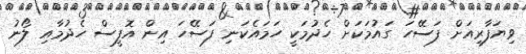
ވިޔަފާރިއަށް ފަސޭހަ ގައުމަކަށް ހެދުމަކީ ހަމައެކަނި ފަސޭހަ އިން އޮފީސް ހެދުމާއި ލޯނު